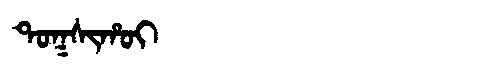
Manchu: ᡨᠣᡴᠰᡳᡥᠣᡳ
Romanization: TOKSIHOI